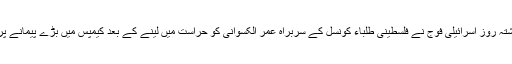
انہوں نے کہا کہ گذشتہ روز اسرائیلی فوج نے فلسطینی طلباء کونسل کے سربراہ عمر الکسوانی کو حراست میں لینے کے بعد کیمپس میں بڑے پیمانے پر توڑ پھوڑ کی تھی۔